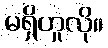
မရှိဟူလို။